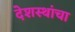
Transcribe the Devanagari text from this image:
देशस्थांचा